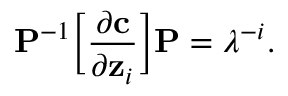
\mathbf { P } ^ { - 1 } \bigg [ \frac { \partial \mathbf { c } } { \partial \mathbf { z } _ { i } } \bigg ] \mathbf { P } = \lambda ^ { - i } .